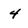
Character: 4